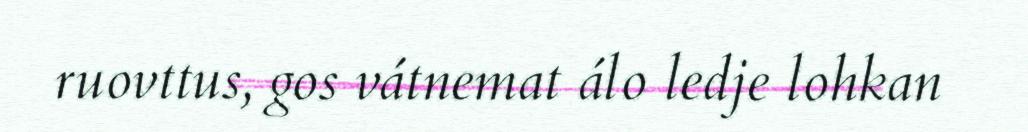
ruovttus, gos vátnemat álo ledje lohkan